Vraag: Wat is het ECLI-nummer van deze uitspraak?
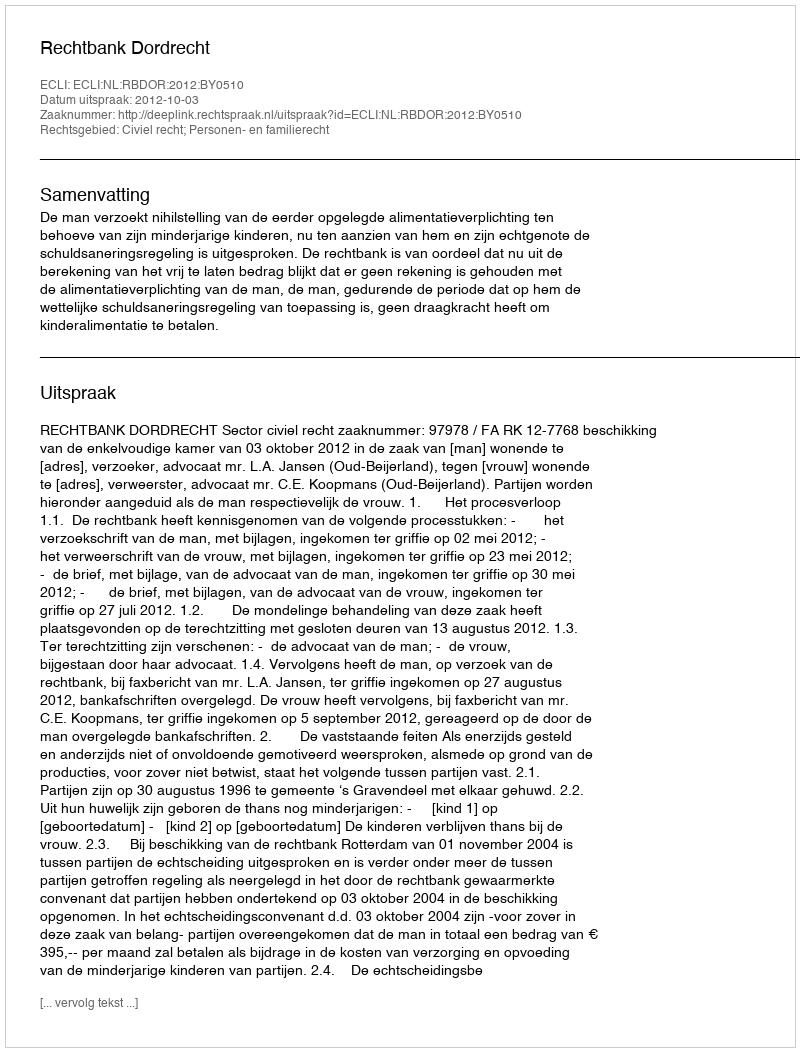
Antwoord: ECLI:NL:RBDOR:2012:BY0510